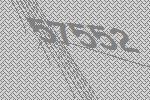
57552